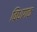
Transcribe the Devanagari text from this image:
विधागक